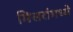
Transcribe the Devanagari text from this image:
मिसरांमध्ये